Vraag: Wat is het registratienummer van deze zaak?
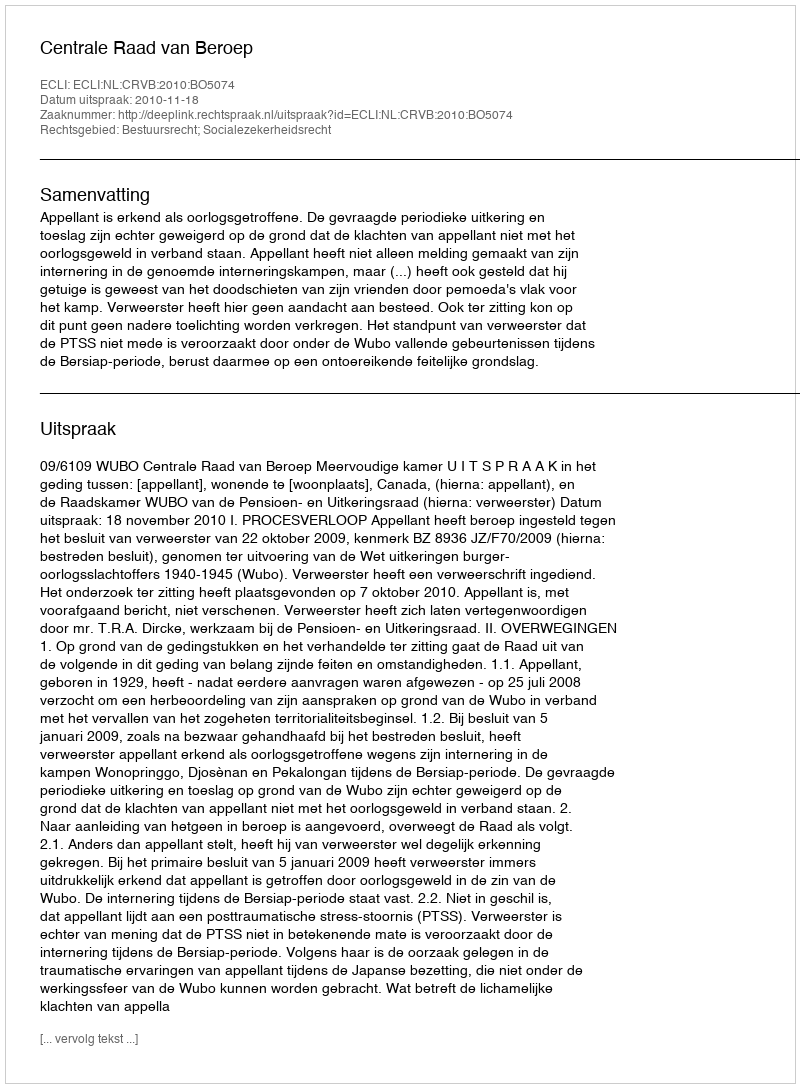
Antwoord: http://deeplink.rechtspraak.nl/uitspraak?id=ECLI:NL:CRVB:2010:BO5074